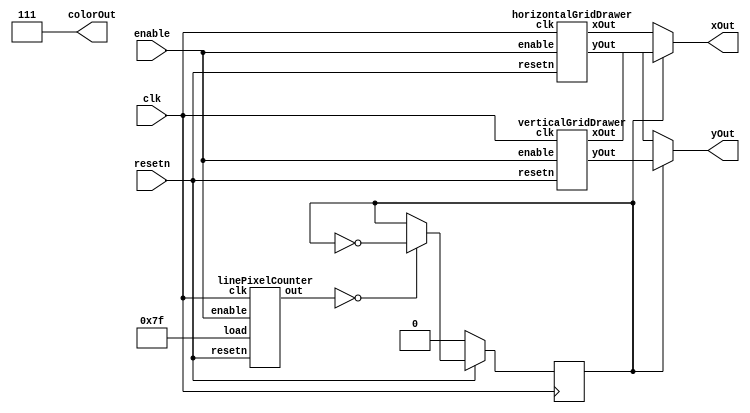
module gridDrawer(clk, enable, resetn, colorOut, xOut, yOut);
	input clk, enable, resetn;
	output [2: 0] colorOut;
	output [7: 0] xOut;
	output [6: 0] yOut;
	
	//wire enableHorizontal, enableVertical;
	
	wire [7: 0] horizontalXOut, verticalXOut;
	wire [6: 0] horizontalYOut, verticalYOut;
	
	wire [6: 0] pixelCount;
	reg slowerClk;
	
	
	horizontalGridDrawer d0(
		.clk(clk),
		.enable(enable),
		.resetn(resetn),
		.xOut(horizontalXOut),
		.yOut(horizontalYOut)
	);
	
	verticalGridDrawer d1(
		.clk(clk),
		.enable(enable),
		.resetn(resetn),
		.xOut(verticalXOut),
		.yOut(verticalYOut)
	);
	
	linePixelCounter c0(
		.clk(clk),
		.enable(enable),
		.resetn(resetn),
		.load(7'b1111111), // give it enough time to draw
		.out(pixelCount)
	);
	
	always @(posedge clk)
	begin
		if (resetn == 1'b0)
			slowerClk <= 1'b0;
		else if (pixelCount == 0)
			slowerClk <= ~slowerClk;
	end
			
	assign xOut = (slowerClk == 0)? horizontalXOut : verticalXOut;
	assign yOut = (slowerClk == 0)? horizontalYOut : verticalYOut;	
	
	assign colorOut = 3'b111;
endmodule

module horizontalGridDrawer(clk, enable, resetn, xOut, yOut);
	input clk, enable, resetn;
	output [7: 0] xOut;
	output [6: 0] yOut;
	
	wire [6: 0] x;
	reg [6: 0] y;

	always @(posedge clk)
	begin
		if (resetn == 0)
				y <= 0;
		else if (enable == 1'b1)
			begin
				if (y == 7'd116)
					y <= 0;
				else 
					y <= y + 5'd29;
			end
	end
	
	linePixelCounter c0(
		.clk(clk),
		.enable(enable),
		.resetn(resetn),
		.load(7'b1110100), // which is 116 in decimal
		.out(x)
	);
	
	assign xOut = {1'b0, x};
	assign yOut = y;
				
endmodule


module verticalGridDrawer(clk, enable, resetn, xOut, yOut);
	input clk, enable, resetn;
	output [7: 0] xOut;
	output [6: 0] yOut;
	
	reg [7: 0] x;
	wire [6: 0] y;
	
	always @(posedge clk)
	begin
		if (resetn == 0)
			begin
				x <= 0;
			end	
		else if (enable == 1'b1)
			begin
				if (x == 7'd116)
					x <= 0;
				else 
					x <= x + 5'd29;
			end
	end
	
	linePixelCounter c0(
		.clk(clk),
		.enable(enable),
		.resetn(resetn),
		.load(7'b1110100), // which is 116 in decimal
		.out(y)
	);
	
	assign xOut = x;
	assign yOut = y;
				
endmodule

module linePixelCounter(clk, enable, resetn, load, out);
	input clk, enable, resetn;
	input [6: 0] load;
	reg [6: 0] cnt;
	output [6: 0] out;
	
	always @(posedge clk)
	begin 
		if (resetn == 0 || cnt >= load) 
			cnt <= 0;
		else if (enable == 1'b1)
			cnt <= cnt + 1;
	end
	assign out = cnt;
endmodule